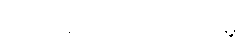
တရားမဝင်ရောင်းဝယ်မှု